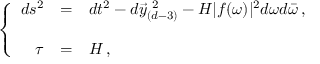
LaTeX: \left\{ \begin{array} { r c l } { { d s ^ { 2 } } } & { { = } } & { { d t ^ { 2 } - d \vec { y } _ { ( d - 3 ) } ^ { \ 2 } - H | f ( \omega ) | ^ { 2 } d \omega d \bar { \omega } \, , } } \\ { { } } & { { } } & { { } } \\ { { \tau } } & { { = } } & { { { \cal H } \, , } } \end{array} \right.